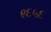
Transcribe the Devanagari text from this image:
९६५६